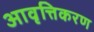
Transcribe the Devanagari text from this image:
आवृत्तिकरण